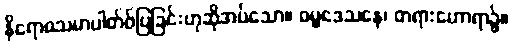
နိရောဓသမာပါတ်ဝ်ပြခြင်းဟုဆိုအပ်သော။ ဓမ္မဒေသနေ၊ တရားဟောရာ၌။